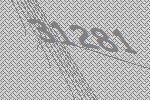
31281